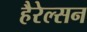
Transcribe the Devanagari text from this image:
हैरेल्सन